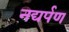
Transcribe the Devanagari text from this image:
नद्यर्पण